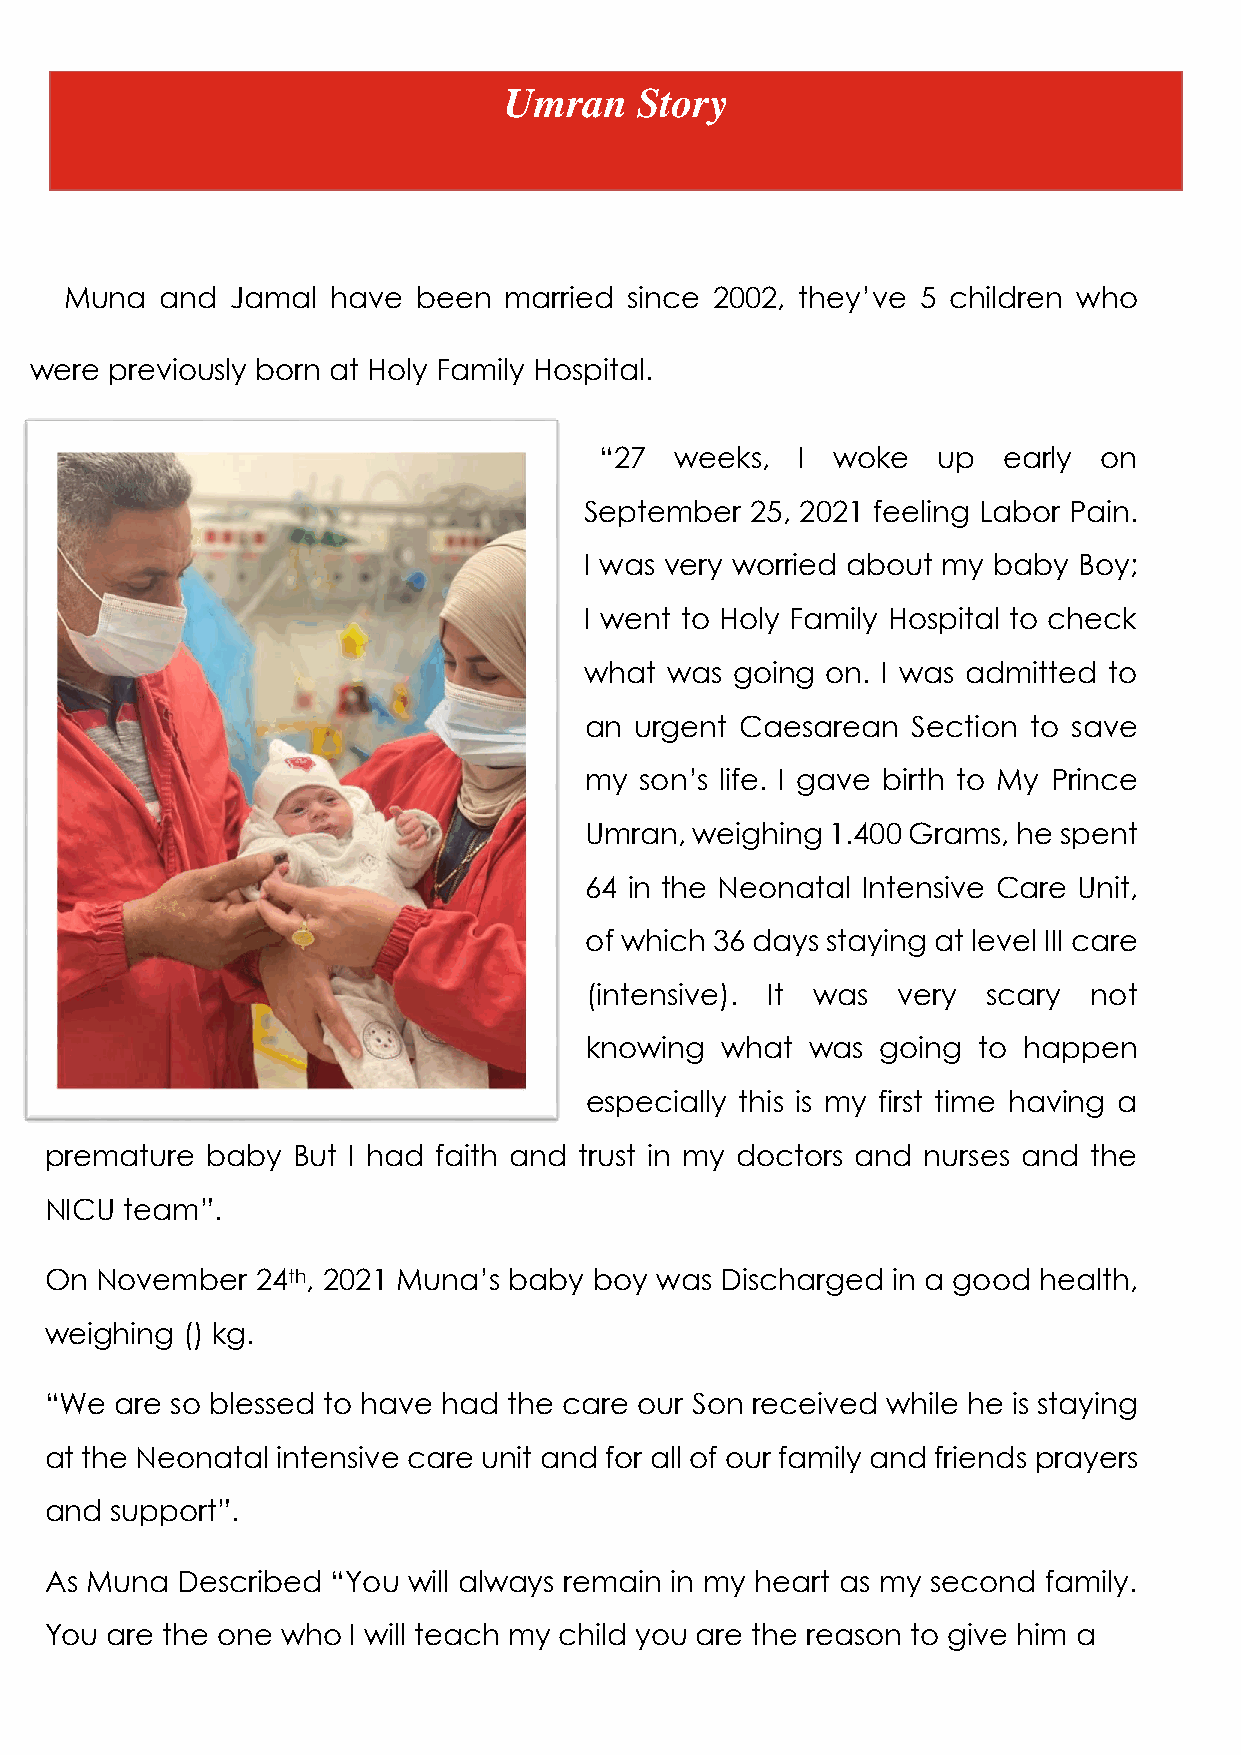
Umran    Story
 Muna   and Jamal  have  been married  since 2002, they’ve 5 children who
 were previously born at Holy Family Hospital.
 “27  weeks,  I woke   up  early  on
 September  25, 2021 feeling Labor Pain.
 I was very worried about my baby Boy;
 I went to Holy Family Hospital to check
 what was  going on. I was admitted to
 an urgent Caesarean  Section to save
 my son’s life. I gave birth to My Prince
 Umran, weighing 1.400 Grams, he spent
 64 in the Neonatal Intensive Care Unit,
 of which 36 days staying at level III care
 (intensive). It was very  scary  not
 knowing  what  was going  to happen
 especially this is my first time having a
 premature  baby But I had faith and trust in my doctors and nurses and the
 NICU team”.
 On November   24th, 2021 Muna’s baby boy was Discharged in a good health,
 weighing () kg.
 “We  are so blessed to have had the care our Son received while he is staying
 at the Neonatal intensive care unit and for all of our family and friends prayers
 and support”.
 As Muna  Described “You will always remain in my heart as my second family.
 You are the one who I will teach my child you are the reason to give him a